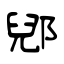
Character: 郳